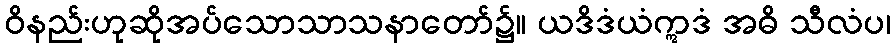
ဝိနည်းဟုဆိုအပ်သောသာသနာတော်၌။ ယဒိဒံယံဣဒံ အဓိ သီလံပ၊